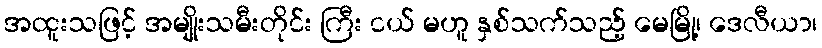
အထူးသဖြင့် အမျိုးသမီးတိုင်း ကြီး ငယ် မဟူ နှစ်သက်သည့် မေမြို့၊ ဒေလီယာ၊